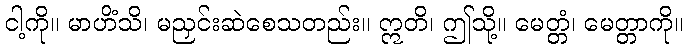
ငါ့ကို။ မာဟိံသိ၊ မညှင်းဆဲစေသတည်း။ ဣတိ၊ ဤသို့။ မေတ္တံ၊ မေတ္တာကို။